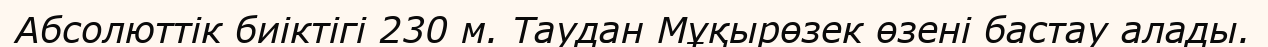
Абсолюттiк биіктігі 230 м. Таудан Мұқырөзек өзені бастау алады.